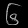
Digit: ၆